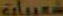
شعبات